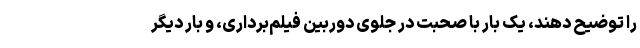
را توضیح دهند، یک بار با صحبت در جلوی دوربین فیلم‌برداری، و بار دیگر